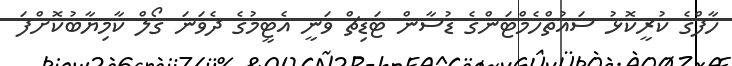
ހާފްގެ ކުރީކޮޅު ސައުތްހެމްޓަންގެ ޑުސާން ޓަޑިޗް ވަނީ އެޓީމުގެ ދެވަނަ ގޯލް ކާމިޔާބުކޮށްފަ